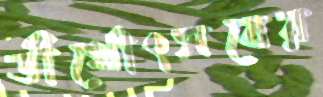
তীর্থোৎসবের